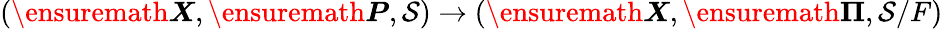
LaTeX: (\ensuremath{\boldsymbol{X}},\ensuremath{\boldsymbol{P}},\mathcal{S})\to(\ensuremath{\boldsymbol{X}},\ensuremath{\boldsymbol{\Pi}},\mathcal{S}/F)